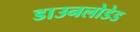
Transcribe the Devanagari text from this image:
डाउनलोडेड